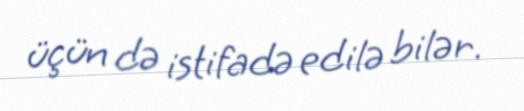
üçün də istifadə edilə bilər.